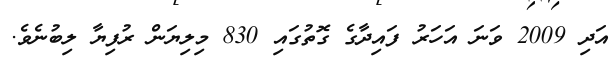
އަދި 2009 ވަނަ އަހަރު ފައިދާގެ ގޮތުގައި 830 މިލިޔަން ރުފިޔާ ލިބުނެވެ.